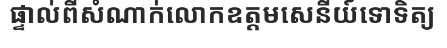
ផ្ទាល់ពីសំណាក់លោកឧត្តមសេនីយ៍ទោទិត្យ